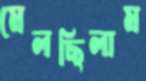
মেলছিলাম